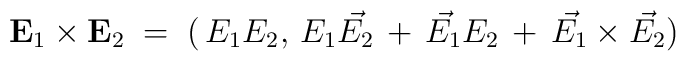
{\bf E}_1 \times {\bf E}_2 \; = \; (\,E_1 E_2, \, E_1 \vec{E_2}\, + \, \vec{E_1}E_2 \, + \, \vec{E_1} \times \vec{E_2})